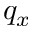
q _ { x }